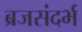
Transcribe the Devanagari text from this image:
ब्रजसंदर्भ